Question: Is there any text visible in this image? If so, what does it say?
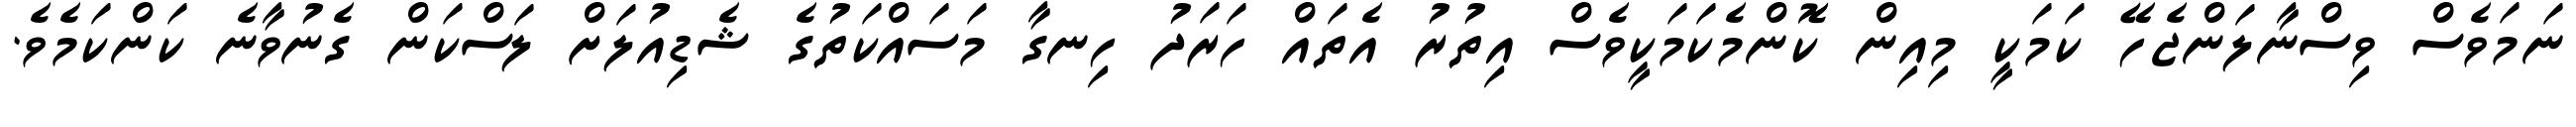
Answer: ނަމަވެސް ވިސްނާލަންޖެހޭ ކަމަކީ މިއިން ކޮންމެކަމަކީވެސް އިތުރު އެތައް ހަރަދު ހިނގާ މަސައްކަތުގެ ޝެޑިއުލަށް ލަސްކަން ގެނުވާނެ ކަންކަމެވެ.